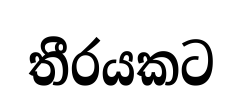
තීරයකට